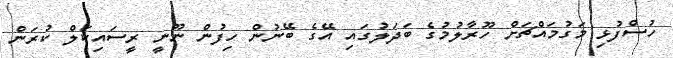
ހުސްފުޅި މަގުމައްޗަށް ހޫރާލުމުގެ ބަދަލުގައި އޭގެ ބޭނުން ހިފުން ނޫނީ ރީސައިކަލް ކުރަން